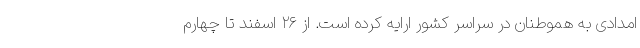
امدادی به هموطنان در سراسر کشور ارایه کرده است. از ۲۶ اسفند تا چهارم